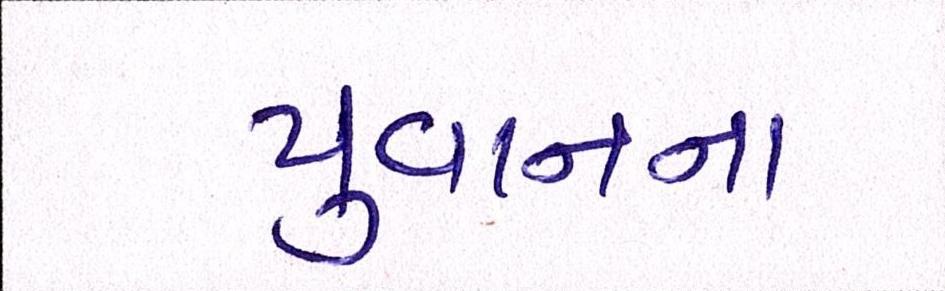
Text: યુવાનના